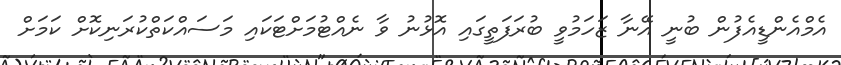
އެމްއެންޑީއެފުން ބުނީ އޭނާ ޒަހަމުވީ ބުރަފަތީގައި އޮޅުނު ވާ ނެއްޓުމަށްޓަކައި މަސައްކަތްކުރަނިކޮށް ކަމަށް